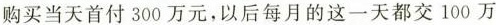
购买当天首付 300 万元，以后每月的这一天都交 100 万